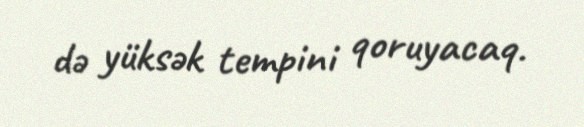
də yüksək tempini qoruyacaq.